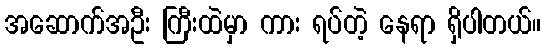
အဆောက်အဦး ကြီးထဲမှာ ကား ရပ်တဲ့ နေရာ ရှိပါတယ်။